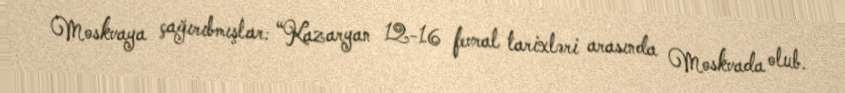
Moskvaya çağırıbmışlar: “Kazaryan 12-16 fevral tarixləri arasında Moskvada olub.